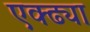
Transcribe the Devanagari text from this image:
एक्ढ्या